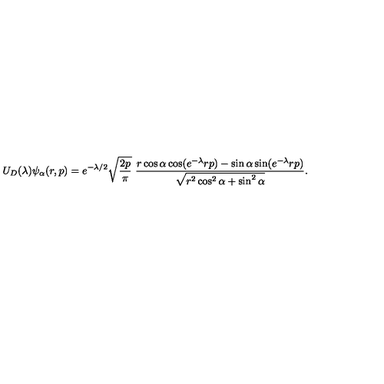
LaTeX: U _ { D } ( \lambda ) \psi _ { \alpha } ( r , p ) = e ^ { - \lambda / 2 } \sqrt { \frac { 2 p } { \pi } } \ \frac { r \cos \alpha \cos ( e ^ { - \lambda } r p ) - \sin \alpha \sin ( e ^ { - \lambda } r p ) } { \sqrt { r ^ { 2 } \cos ^ { 2 } \alpha + \sin ^ { 2 } \alpha } } .